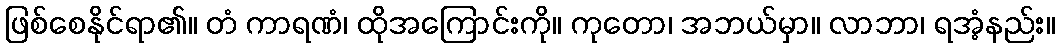
ဖြစ်စေနိုင်ရာ၏။ တံ ကာရဏံ၊ ထိုအကြောင်းကို။ ကုတော၊ အဘယ်မှာ။ လာဘာ၊ ရအံ့နည်း။